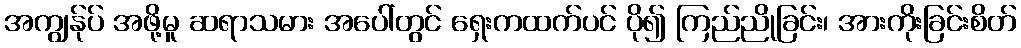
အကျွန်ုပ် အဖို့မူ ဆရာသမား အပေါ်တွင် ရှေးကထက်ပင် ပို၍ ကြည်ညိုခြင်း၊ အားကိုးခြင်းစိတ်